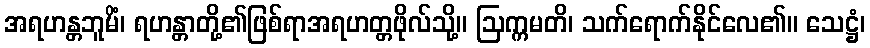
အရဟန္တဘူမိံ၊ ရဟန္တာတို့၏ဖြစ်ရာအရဟတ္တဖိုလ်သို့။ ဩက္ကမတိ၊ သက်ရောက်နိုင်လေ၏။ သေဋ္ဌံ၊